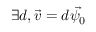
\exists d , \vec { v } = d \vec { \psi _ { 0 } }